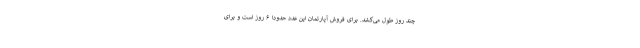
چند روز طول می‌کشد. برای فروش آپارتمان این عدد حدودا ۶ روز است و برای